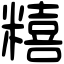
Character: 糦